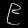
Digit: ၉